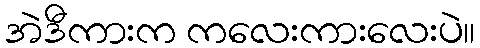
အဲဒီကားက ကလေးကားလေးပဲ။